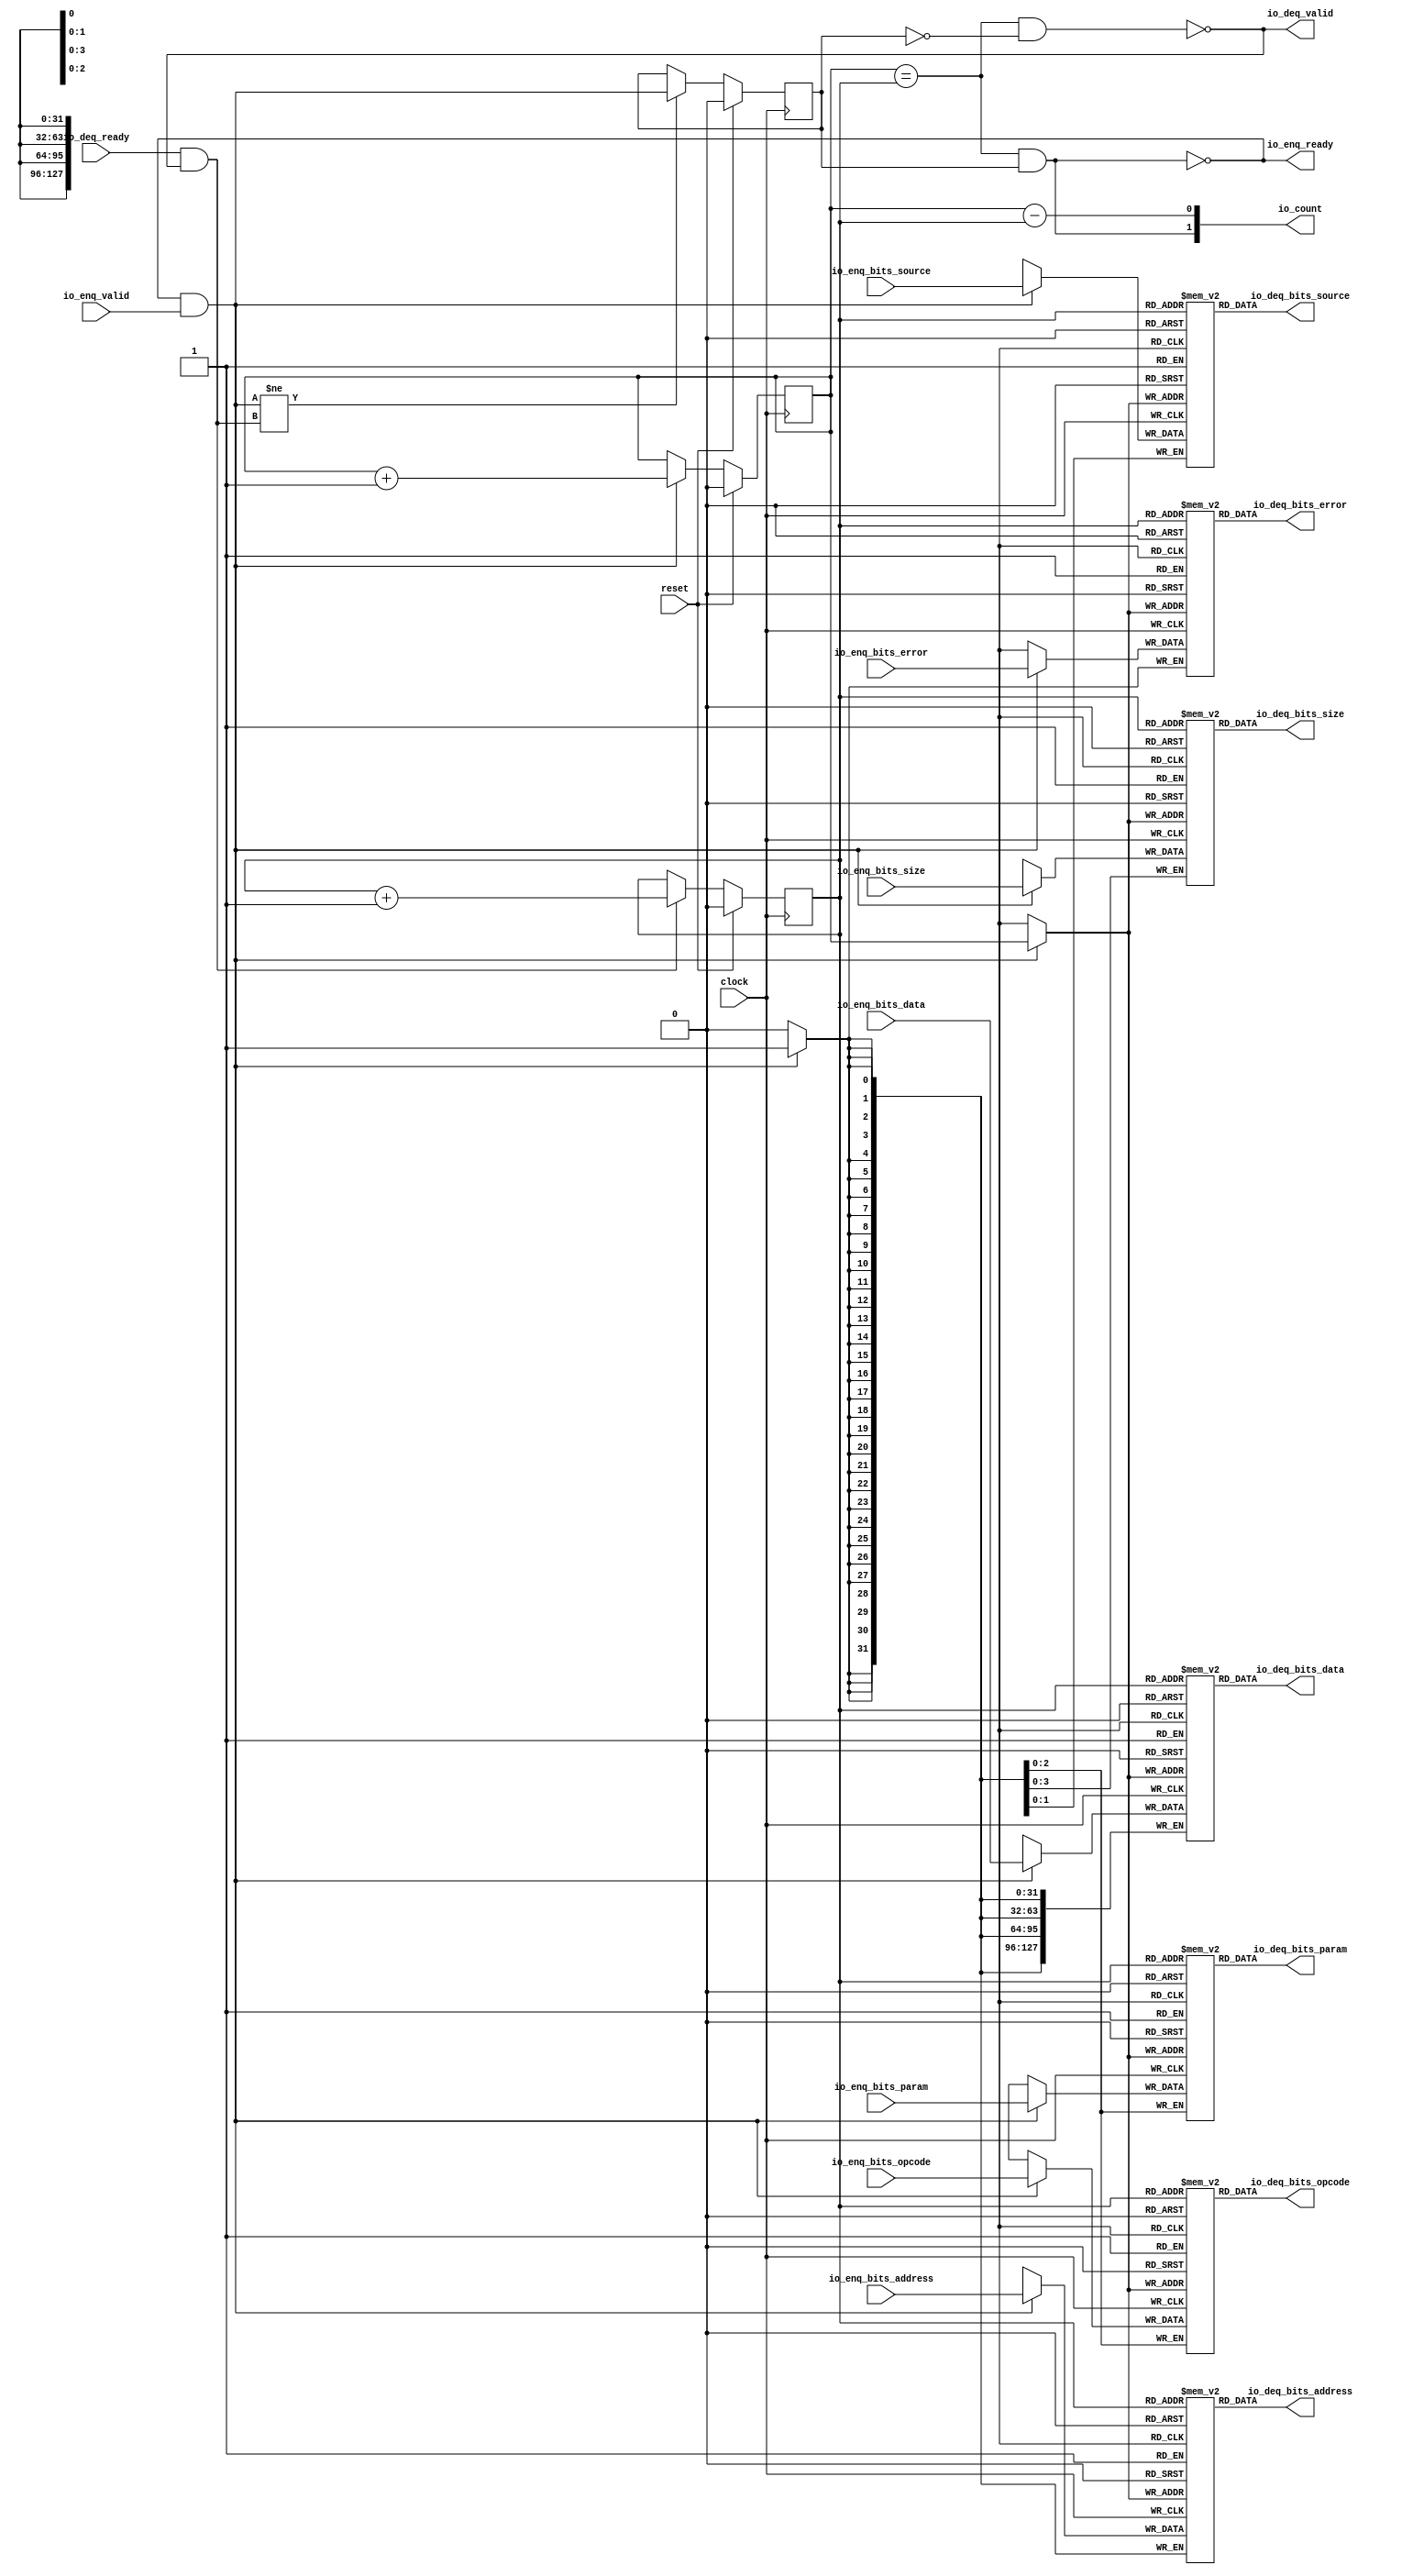
module Queue_45(
  input   clock,
  input   reset,
  output  io_enq_ready,
  input   io_enq_valid,
  input  [2:0] io_enq_bits_opcode,
  input  [2:0] io_enq_bits_param,
  input  [3:0] io_enq_bits_size,
  input  [1:0] io_enq_bits_source,
  input  [31:0] io_enq_bits_address,
  input  [127:0] io_enq_bits_data,
  input   io_enq_bits_error,
  input   io_deq_ready,
  output  io_deq_valid,
  output [2:0] io_deq_bits_opcode,
  output [2:0] io_deq_bits_param,
  output [3:0] io_deq_bits_size,
  output [1:0] io_deq_bits_source,
  output [31:0] io_deq_bits_address,
  output [127:0] io_deq_bits_data,
  output  io_deq_bits_error,
  output [1:0] io_count
);
  reg [2:0] ram_opcode [0:1];
  reg [31:0] _GEN_0;
  wire [2:0] ram_opcode__T_110_data;
  wire  ram_opcode__T_110_addr;
  wire [2:0] ram_opcode__T_87_data;
  wire  ram_opcode__T_87_addr;
  wire  ram_opcode__T_87_mask;
  wire  ram_opcode__T_87_en;
  reg [2:0] ram_param [0:1];
  reg [31:0] _GEN_1;
  wire [2:0] ram_param__T_110_data;
  wire  ram_param__T_110_addr;
  wire [2:0] ram_param__T_87_data;
  wire  ram_param__T_87_addr;
  wire  ram_param__T_87_mask;
  wire  ram_param__T_87_en;
  reg [3:0] ram_size [0:1];
  reg [31:0] _GEN_2;
  wire [3:0] ram_size__T_110_data;
  wire  ram_size__T_110_addr;
  wire [3:0] ram_size__T_87_data;
  wire  ram_size__T_87_addr;
  wire  ram_size__T_87_mask;
  wire  ram_size__T_87_en;
  reg [1:0] ram_source [0:1];
  reg [31:0] _GEN_3;
  wire [1:0] ram_source__T_110_data;
  wire  ram_source__T_110_addr;
  wire [1:0] ram_source__T_87_data;
  wire  ram_source__T_87_addr;
  wire  ram_source__T_87_mask;
  wire  ram_source__T_87_en;
  reg [31:0] ram_address [0:1];
  reg [31:0] _GEN_4;
  wire [31:0] ram_address__T_110_data;
  wire  ram_address__T_110_addr;
  wire [31:0] ram_address__T_87_data;
  wire  ram_address__T_87_addr;
  wire  ram_address__T_87_mask;
  wire  ram_address__T_87_en;
  reg [127:0] ram_data [0:1];
  reg [127:0] _GEN_5;
  wire [127:0] ram_data__T_110_data;
  wire  ram_data__T_110_addr;
  wire [127:0] ram_data__T_87_data;
  wire  ram_data__T_87_addr;
  wire  ram_data__T_87_mask;
  wire  ram_data__T_87_en;
  reg  ram_error [0:1];
  reg [31:0] _GEN_6;
  wire  ram_error__T_110_data;
  wire  ram_error__T_110_addr;
  wire  ram_error__T_87_data;
  wire  ram_error__T_87_addr;
  wire  ram_error__T_87_mask;
  wire  ram_error__T_87_en;
  reg  _T_76;
  reg [31:0] _GEN_7;
  reg  _T_78;
  reg [31:0] _GEN_8;
  reg  maybe_full;
  reg [31:0] _GEN_9;
  wire  _T_80;
  wire  _T_82;
  wire  _T_83;
  wire  _T_84;
  wire  _T_85;
  wire  do_enq;
  wire  _T_86;
  wire  do_deq;
  wire [1:0] _T_98;
  wire  _T_99;
  wire  _GEN_10;
  wire [1:0] _T_103;
  wire  _T_104;
  wire  _GEN_11;
  wire  _T_105;
  wire  _GEN_12;
  wire  _T_107;
  wire  _T_109;
  wire [1:0] _T_118;
  wire  _T_119;
  wire  _T_120;
  wire [1:0] _T_121;
  assign io_enq_ready = _T_109;
  assign io_deq_valid = _T_107;
  assign io_deq_bits_opcode = ram_opcode__T_110_data;
  assign io_deq_bits_param = ram_param__T_110_data;
  assign io_deq_bits_size = ram_size__T_110_data;
  assign io_deq_bits_source = ram_source__T_110_data;
  assign io_deq_bits_address = ram_address__T_110_data;
  assign io_deq_bits_data = ram_data__T_110_data;
  assign io_deq_bits_error = ram_error__T_110_data;
  assign io_count = _T_121;
  assign ram_opcode__T_110_addr = _T_78;
  assign ram_opcode__T_110_data = ram_opcode[ram_opcode__T_110_addr];
  assign ram_opcode__T_87_data = io_enq_bits_opcode;
  assign ram_opcode__T_87_addr = _T_76;
  assign ram_opcode__T_87_mask = do_enq;
  assign ram_opcode__T_87_en = do_enq;
  assign ram_param__T_110_addr = _T_78;
  assign ram_param__T_110_data = ram_param[ram_param__T_110_addr];
  assign ram_param__T_87_data = io_enq_bits_param;
  assign ram_param__T_87_addr = _T_76;
  assign ram_param__T_87_mask = do_enq;
  assign ram_param__T_87_en = do_enq;
  assign ram_size__T_110_addr = _T_78;
  assign ram_size__T_110_data = ram_size[ram_size__T_110_addr];
  assign ram_size__T_87_data = io_enq_bits_size;
  assign ram_size__T_87_addr = _T_76;
  assign ram_size__T_87_mask = do_enq;
  assign ram_size__T_87_en = do_enq;
  assign ram_source__T_110_addr = _T_78;
  assign ram_source__T_110_data = ram_source[ram_source__T_110_addr];
  assign ram_source__T_87_data = io_enq_bits_source;
  assign ram_source__T_87_addr = _T_76;
  assign ram_source__T_87_mask = do_enq;
  assign ram_source__T_87_en = do_enq;
  assign ram_address__T_110_addr = _T_78;
  assign ram_address__T_110_data = ram_address[ram_address__T_110_addr];
  assign ram_address__T_87_data = io_enq_bits_address;
  assign ram_address__T_87_addr = _T_76;
  assign ram_address__T_87_mask = do_enq;
  assign ram_address__T_87_en = do_enq;
  assign ram_data__T_110_addr = _T_78;
  assign ram_data__T_110_data = ram_data[ram_data__T_110_addr];
  assign ram_data__T_87_data = io_enq_bits_data;
  assign ram_data__T_87_addr = _T_76;
  assign ram_data__T_87_mask = do_enq;
  assign ram_data__T_87_en = do_enq;
  assign ram_error__T_110_addr = _T_78;
  assign ram_error__T_110_data = ram_error[ram_error__T_110_addr];
  assign ram_error__T_87_data = io_enq_bits_error;
  assign ram_error__T_87_addr = _T_76;
  assign ram_error__T_87_mask = do_enq;
  assign ram_error__T_87_en = do_enq;
  assign _T_80 = _T_76 == _T_78;
  assign _T_82 = maybe_full == 1'h0;
  assign _T_83 = _T_80 & _T_82;
  assign _T_84 = _T_80 & maybe_full;
  assign _T_85 = io_enq_ready & io_enq_valid;
  assign do_enq = _T_85;
  assign _T_86 = io_deq_ready & io_deq_valid;
  assign do_deq = _T_86;
  assign _T_98 = _T_76 + 1'h1;
  assign _T_99 = _T_98[0:0];
  assign _GEN_10 = do_enq ? _T_99 : _T_76;
  assign _T_103 = _T_78 + 1'h1;
  assign _T_104 = _T_103[0:0];
  assign _GEN_11 = do_deq ? _T_104 : _T_78;
  assign _T_105 = do_enq != do_deq;
  assign _GEN_12 = _T_105 ? do_enq : maybe_full;
  assign _T_107 = _T_83 == 1'h0;
  assign _T_109 = _T_84 == 1'h0;
  assign _T_118 = _T_76 - _T_78;
  assign _T_119 = _T_118[0:0];
  assign _T_120 = maybe_full & _T_80;
  assign _T_121 = {_T_120,_T_119};
`ifdef RANDOMIZE
  integer initvar;
  initial begin
    `ifndef verilator
      #0.002 begin end
    `endif
  _GEN_0 = {1{$random}};
  `ifdef RANDOMIZE_MEM_INIT
  for (initvar = 0; initvar < 2; initvar = initvar+1)
    ram_opcode[initvar] = _GEN_0[2:0];
  `endif
  _GEN_1 = {1{$random}};
  `ifdef RANDOMIZE_MEM_INIT
  for (initvar = 0; initvar < 2; initvar = initvar+1)
    ram_param[initvar] = _GEN_1[2:0];
  `endif
  _GEN_2 = {1{$random}};
  `ifdef RANDOMIZE_MEM_INIT
  for (initvar = 0; initvar < 2; initvar = initvar+1)
    ram_size[initvar] = _GEN_2[3:0];
  `endif
  _GEN_3 = {1{$random}};
  `ifdef RANDOMIZE_MEM_INIT
  for (initvar = 0; initvar < 2; initvar = initvar+1)
    ram_source[initvar] = _GEN_3[1:0];
  `endif
  _GEN_4 = {1{$random}};
  `ifdef RANDOMIZE_MEM_INIT
  for (initvar = 0; initvar < 2; initvar = initvar+1)
    ram_address[initvar] = _GEN_4[31:0];
  `endif
  _GEN_5 = {4{$random}};
  `ifdef RANDOMIZE_MEM_INIT
  for (initvar = 0; initvar < 2; initvar = initvar+1)
    ram_data[initvar] = _GEN_5[127:0];
  `endif
  _GEN_6 = {1{$random}};
  `ifdef RANDOMIZE_MEM_INIT
  for (initvar = 0; initvar < 2; initvar = initvar+1)
    ram_error[initvar] = _GEN_6[0:0];
  `endif
  `ifdef RANDOMIZE_REG_INIT
  _GEN_7 = {1{$random}};
  _T_76 = _GEN_7[0:0];
  `endif
  `ifdef RANDOMIZE_REG_INIT
  _GEN_8 = {1{$random}};
  _T_78 = _GEN_8[0:0];
  `endif
  `ifdef RANDOMIZE_REG_INIT
  _GEN_9 = {1{$random}};
  maybe_full = _GEN_9[0:0];
  `endif
  end
`endif
  always @(posedge clock) begin
    if(ram_opcode__T_87_en & ram_opcode__T_87_mask) begin
      ram_opcode[ram_opcode__T_87_addr] <= ram_opcode__T_87_data;
    end
    if(ram_param__T_87_en & ram_param__T_87_mask) begin
      ram_param[ram_param__T_87_addr] <= ram_param__T_87_data;
    end
    if(ram_size__T_87_en & ram_size__T_87_mask) begin
      ram_size[ram_size__T_87_addr] <= ram_size__T_87_data;
    end
    if(ram_source__T_87_en & ram_source__T_87_mask) begin
      ram_source[ram_source__T_87_addr] <= ram_source__T_87_data;
    end
    if(ram_address__T_87_en & ram_address__T_87_mask) begin
      ram_address[ram_address__T_87_addr] <= ram_address__T_87_data;
    end
    if(ram_data__T_87_en & ram_data__T_87_mask) begin
      ram_data[ram_data__T_87_addr] <= ram_data__T_87_data;
    end
    if(ram_error__T_87_en & ram_error__T_87_mask) begin
      ram_error[ram_error__T_87_addr] <= ram_error__T_87_data;
    end
    if (reset) begin
      _T_76 <= 1'h0;
    end else begin
      if (do_enq) begin
        _T_76 <= _T_99;
      end
    end
    if (reset) begin
      _T_78 <= 1'h0;
    end else begin
      if (do_deq) begin
        _T_78 <= _T_104;
      end
    end
    if (reset) begin
      maybe_full <= 1'h0;
    end else begin
      if (_T_105) begin
        maybe_full <= do_enq;
      end
    end
  end
endmodule